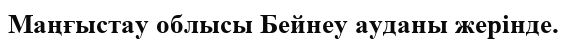
Маңғыстау облысы Бейнеу ауданы жерінде.